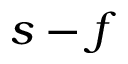
s - f